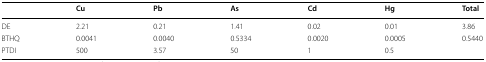
<table><thead><tr><td></td><td><b>Cu</b></td><td><b>Pb</b></td><td><b>As</b></td><td><b>Cd</b></td><td><b>Hg</b></td><td><b>Total</b></td></tr></thead><tbody><tr><td>DE</td><td>2.21</td><td>0.21</td><td>1.41</td><td>0.02</td><td>0.01</td><td>3.86</td></tr><tr><td>BTHQ</td><td>0.0041</td><td>0.0040</td><td>0.5334</td><td>0.0020</td><td>0.0005</td><td>0.5440</td></tr><tr><td>PTDI</td><td>500</td><td>3.57</td><td>50</td><td>1</td><td>0.5</td><td></td></tr></tbody></table>